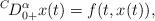
LaTeX: \begin{align*}^{C\!}D_{0+}^{\alpha}x(t)=f(t,x(t)),\end{align*}